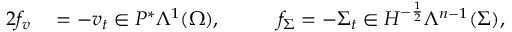
\begin{array} { r l r l } { { 2 } f _ { v } } & { { } = - v _ { t } \in P ^ { \ast } \Lambda ^ { 1 } ( \Omega ) , \quad } & { } & { { } f _ { \Sigma } = - \Sigma _ { t } \in H ^ { - \frac { 1 } { 2 } } \Lambda ^ { n - 1 } ( \Sigma ) , } \end{array}